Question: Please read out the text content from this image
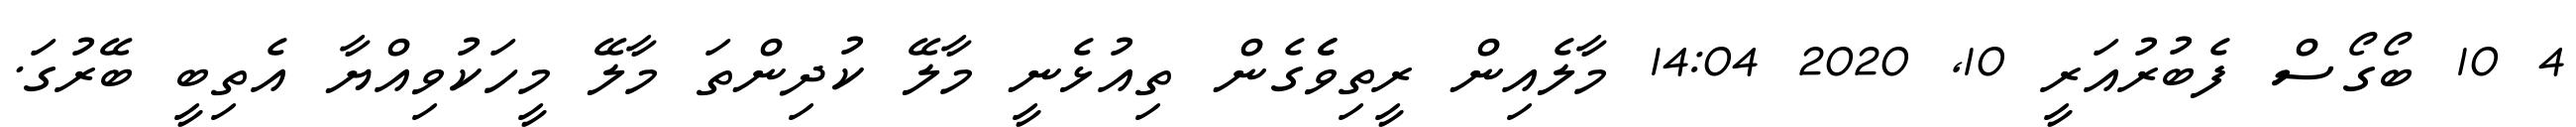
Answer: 4 10 ބޯގޯސް ފެބުރުއަރީ 10, 2020 14:04 މާލެއިން ރީތިވެެގެން ތިއުޅެނީ މާލޭ ކުދިންތަ މާލޭ މީހަކުވިއްޔާ އެތިބީ ބޭރުގަ.